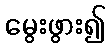
မွေးဖွား၍